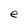
Character: e